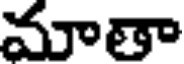
మాతా